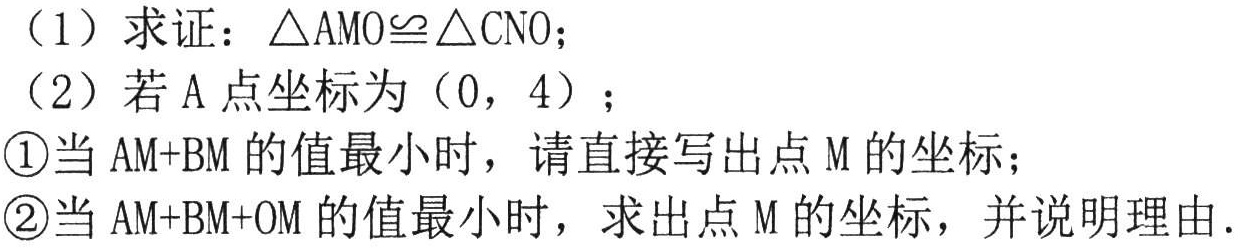
（1）求证：\(\triangle AMO\cong\triangle CNO\)；

（2）若\(A\)点坐标为\((0,4)\)；

\textcircled{1}当\(AM + BM\)的值最小时，请直接写出点\(M\)的坐标；

\textcircled{2}当\(AM + BM+OM\)的值最小时，求出点\(M\)的坐标，并说明理由.